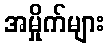
အမှိုက်များ